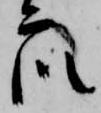
衆